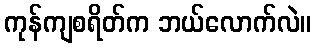
ကုန်ကျစရိတ်က ဘယ်လောက်လဲ။